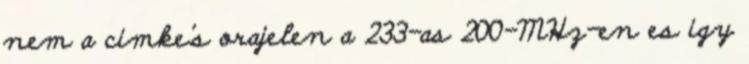
nem a cimke's orajelen a 233-as 200-MHz-en es igy